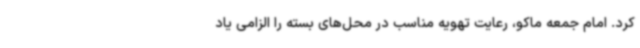
کرد. امام جمعه ماکو، رعایت تهویه مناسب در محل‌های بسته را الزامی یاد